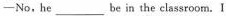
─No,he__be in the classroom. I